Malaria in the Duars
Disease focus: Malaria
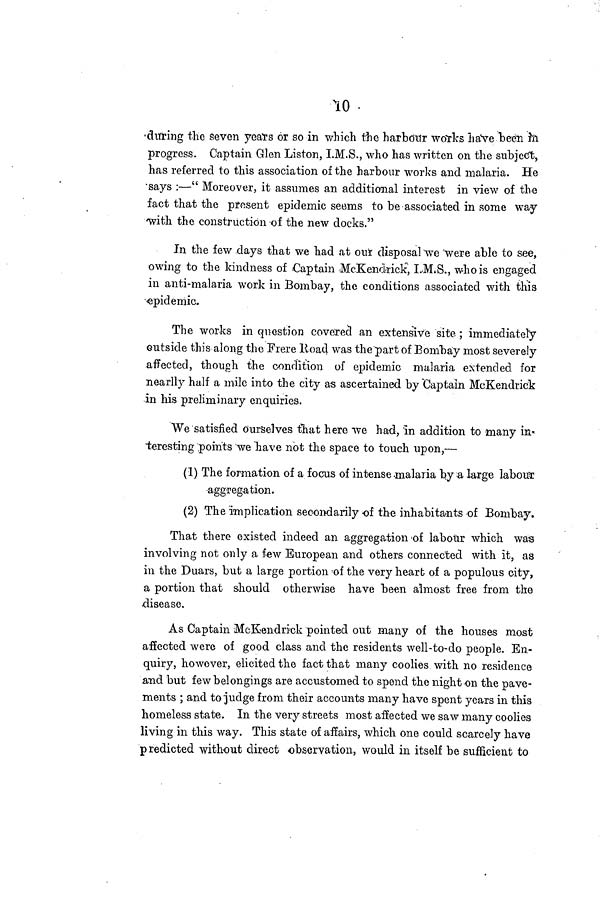
10
during the Seven years or so in which the harbour works have been in
progress. Captain Glen Liston, I.M.S., who has written on the subject,
has referred to this association of the harbour works and malaria. He
says :—" Moreover, it assumes an additional interest in view of the
fact that the present epidemic seems to be associated in some way
'with the construction of the new docks."
In the few days that we had at our disposal we were able to see,
owing to the kindness of Captain McKendrick", I.M.S., who is engaged
in anti-malaria work in Bombay, the conditions associated with this
epidemic.
The works in question covered an extensive site ; immediately
outside this along the Frere Road was the part of Bombay most severely
affected, though the condition of epidemic malaria extended for
nearlly half a mile into the city as ascertained by Captain McKendrick
-in his preliminary enquiries.
We satisfied Ourselves that here we had, 'in addition to many in-
teresting points we have not the space to touch upon,—
(1) The formation of a focus of intense .malaria by a large labour
aggregation.
(2) The implication secondarily of the inhabitants of Bombay.
That there existed indeed an aggregation of labour which was
involving not only a few European and others connected with it, as
in the Duars, but a large portion of the very heart of a populous city,
a portion that should otherwise have been almost free from the
disease.
As Captain McKendrick pointed out many of the houses most
affected were of good class and the residents well-to-do people. En-
quiry, however, elicited the fact that many coolies with no residence
and but few belongings are accustomed to spend the night on the pave-
ments ; and to judge from their accounts many have spent years in this
homeless state. In the very streets most affected we saw many coolies
living in this way. This state of affairs, which one could scarcely have
predicted without direct observation, would in itself be sufficient to